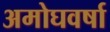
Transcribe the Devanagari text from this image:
अमोघवर्षा